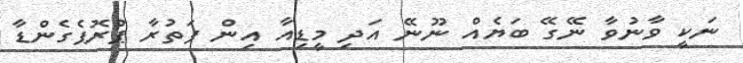
ނަކީ ވާނުވާ ނޭގޭ ބަޔެއް ނޫނޭ އަދި މީޑިއާ އިން ފަތުރާ ޕްރޮޕެގެންޑާ